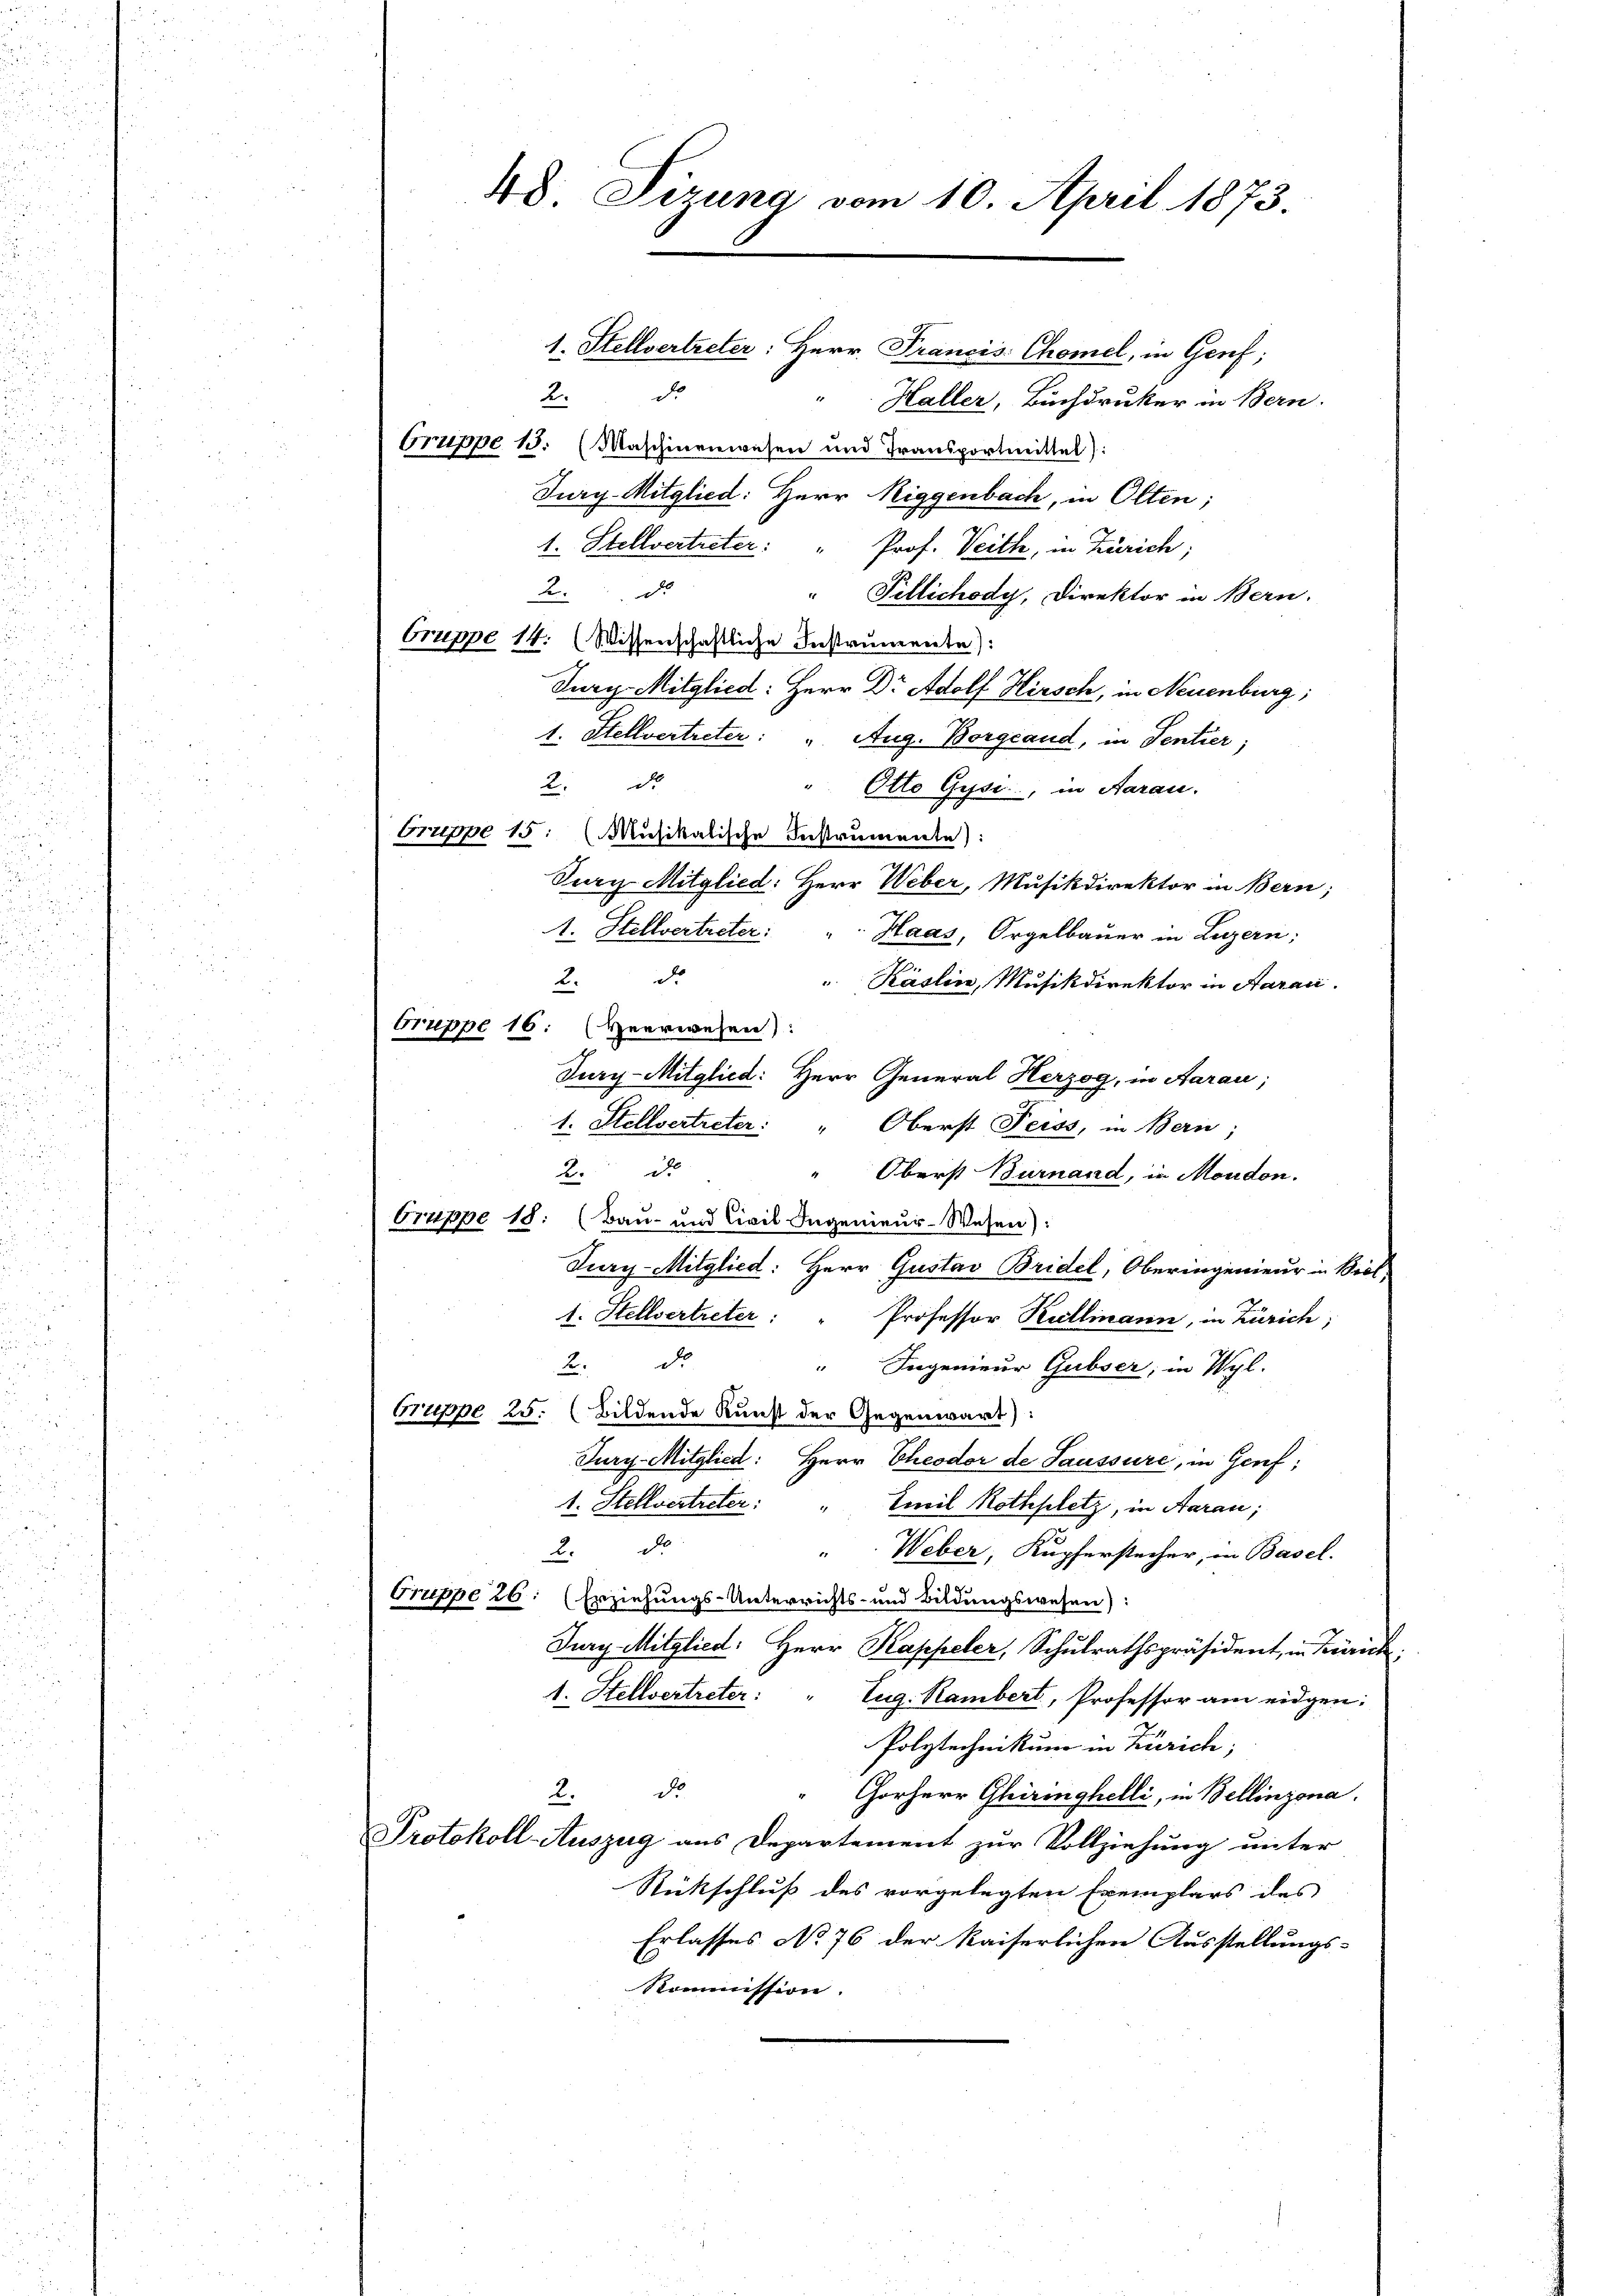
1. Stellvertreter: Herr Francis Chomel, in Genf;
2. d.
Haller, Buchdruker in Bern.
Orrippe 15. (Maschinenwesen und Transportmittel):
Jury-Mitglied: Herr Niggenbach, in Olten;
1. Stellvertreter: " Prof. Veith, in Zürich;
22.
" Pellichody, Direktor in Bern.
Cruppe 14. (Wissenschaftliche Instrumente):
Jury Mitglied: Herr Dr Adolf Hirsch, in Neuenburg;
1. Stellvertreter: " Aug. Borgcaud, in Sentier
K d
" Otto Gyse, in Aarau
Orrippe 15: Musikalische Instrumente):
Jury Mitglied: Herr Weber, Musikdirektor in Bern;
A. Stellvertreter: "  Haas, Orgelbauer in Luzern:
2. d.
 Käslin, Musikdirektor in Aaraci
Gruppe 16: (Heerwesen):
Jury-Mitglied: Herr General Herzog, in Aarau;
1. Stellvertreter: " Oberst Seiss, in Bern;
2. d.
Oberst Burnand, in Moudon.
Pruppe 18: (Bau- und Civil Ingenieur-Wesen):
Jury-Mitglied: Herr Gustav Bridel, Oberingenieur in Viel-
1. Stellvertreter: " Professor Kullmann, in Zürich;
Bd
“ Ingenieur Gubser, in Wyl.
Gruppe 25. (Bildende Kunst der Gegenwärt):
Jury-Mitglied: Herr Theodor de Saussure, in Genf,
1. Stellvertreter: " Emil Rothplatz, in Aarau;
de
2.
" Weber, Kupferstecher, in Basel.
Oruppe 26: (Erziehungs-Unterrichts- und Bildungswesen):
Jury Mitglied: Herr Kappeler, Schulrathspräsident, in Zürich,
1. Stellvertreter: " Eug. Rambert, Professor am eidgen:
Polytechnikum in Zürich;
d
2.
Corherr Gheiringhelli, in Bellinzona.
Protokoll-Auszug aus Departement zur Vollziehung unter
Rückschluß des vorgelegten Exemplars des
Erlasses No 76 der Kaiserlichen Ausstellungs-
Kommission.

48. Sizung vom 10. April 1873.